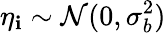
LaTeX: \eta_{\mathbf{i}}\sim\mathcal{{N}}(0,\sigma_{b}^{2})